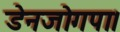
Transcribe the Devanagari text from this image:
डेनजोगपा।